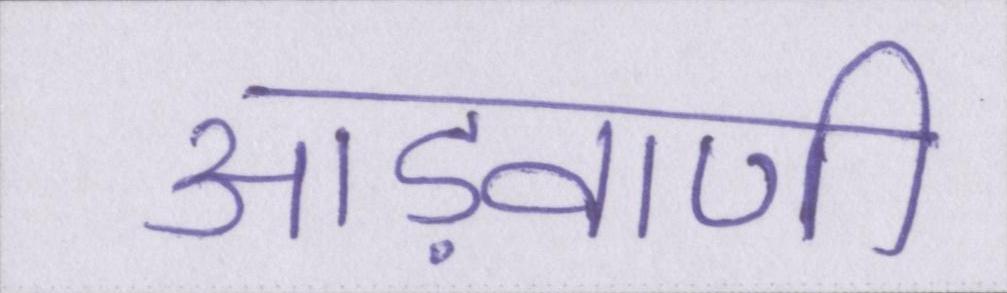
आड़वाणी